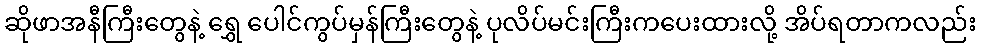
ဆိုဖာအနီကြီးတွေနဲ့ ရွှေ ပေါင်ကွပ်မှန်ကြီးတွေနဲ့ ပုလိပ်မင်းကြီးကပေးထားလို့ အိပ်ရတာကလည်း